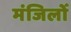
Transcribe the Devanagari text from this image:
मंजिलोँ